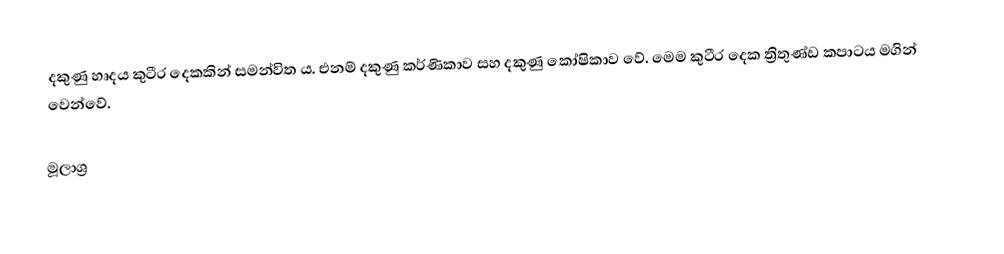
දකුණු හෘදය කුටීර දෙකකින් සමන්විත ය. එනම් දකුණු කර්ණිකාව සහ දකුණු කෝෂිකාව වේ. මෙම කුටීර දෙක ත්‍රිතුණ්ඩ කපාටය මගින් වෙන්වේ.

මූලාශ්‍ර